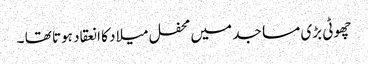
چھوٹی بڑی مساجد میں محفل میلاد کا انعقاد ہوتا تھا ۔